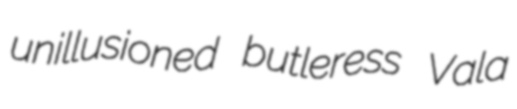
unillusioned butleress Vala